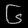
Digit: ၆